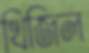
খিজিল